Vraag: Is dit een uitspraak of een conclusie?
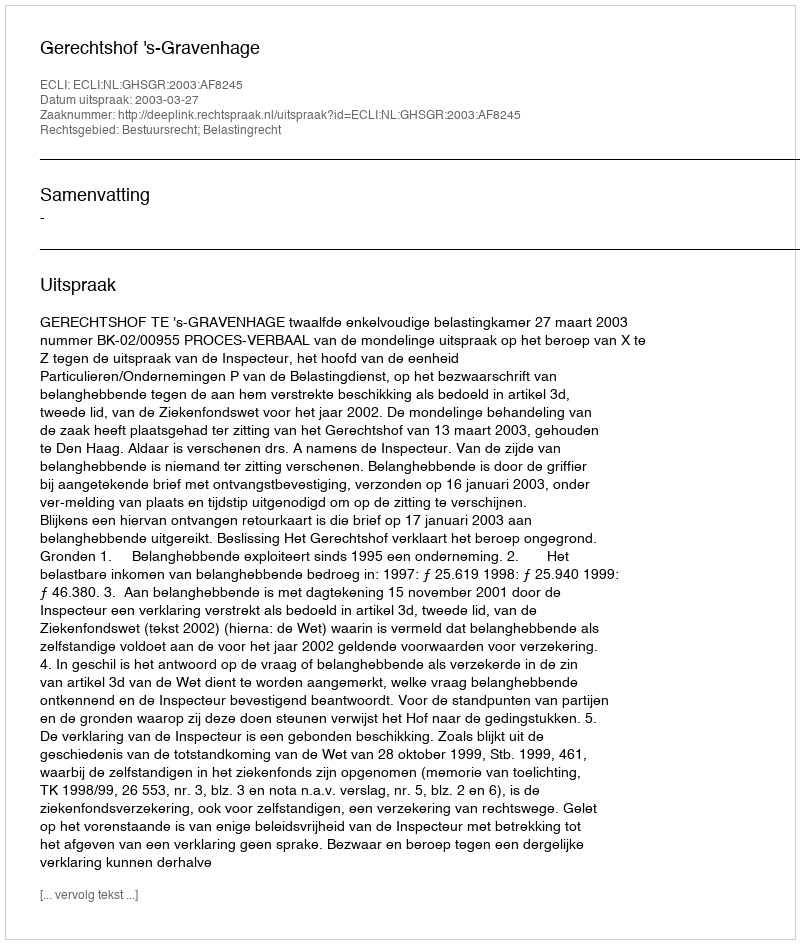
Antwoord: Uitspraak